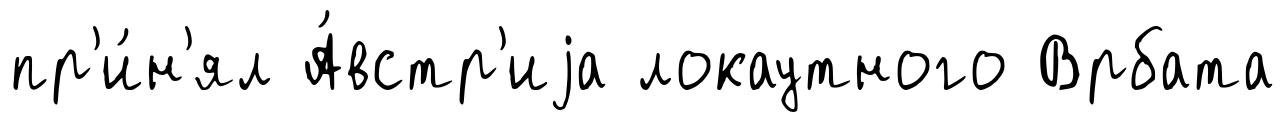
пр'и́н'ял А́встр'иjа локаутного Врбата